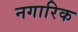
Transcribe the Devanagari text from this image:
नगारिक